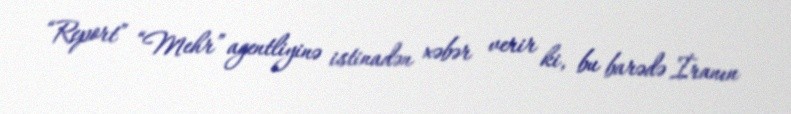
“Report” “Mehr” agentliyinə istinadən xəbər verir ki, bu barədə İranın